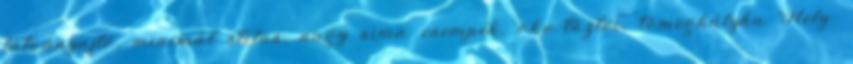
látványajtó, minimál stílus, nagy sima csempék, öko-tűztér, tömegkályha Hely: